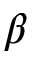
\beta